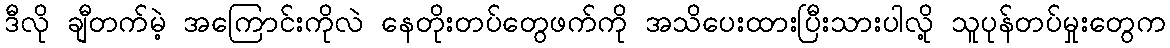
ဒီလို ချီတက်မဲ့ အကြောင်းကိုလဲ နေတိုးတပ်တွေဖက်ကို အသိပေးထားပြီးသားပါလို့ သူပုန်တပ်မှုးတွေက